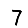
Digit: 7